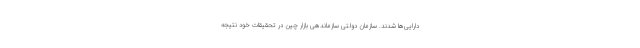
دارایی‌ها شدند. سازمان دولتی سازماندهی بازار چین در تحقیقات خود نتیجه